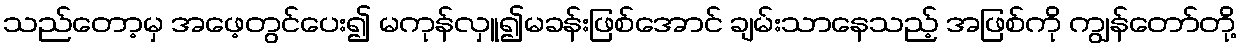
သည်တော့မှ အဖေ့တွင်ပေး၍ မကုန်လှူ၍မခန်းဖြစ်အောင် ချမ်းသာနေသည့် အဖြစ်ကို ကျွန်တော်တို့